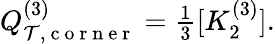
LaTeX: \begin{array}{r}{Q_{\mathcal{T},\mathrm{~c~o~r~n~e~r~}}^{(3)}=\frac{1}{3}[K_{2}^{(3)}].}\end{array}